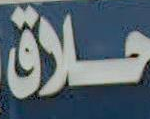
حلاق